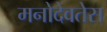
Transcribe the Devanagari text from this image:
मनोदेवतेस